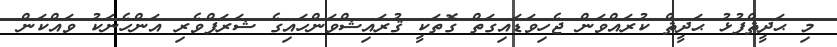
މި ޙަދީޘްފުޅު ޙަދީޘް ކުރައްވަން ޖެހިވަޑައިގަތް ގޮތަކީ ޤުރައިޝްވަންހައިގެ ޝަރަފްވެރި އަންހެނަކު ވައްކަން